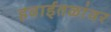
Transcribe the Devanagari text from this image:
हवाईतळांवर